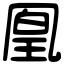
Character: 凰